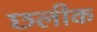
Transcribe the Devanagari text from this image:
छलीक